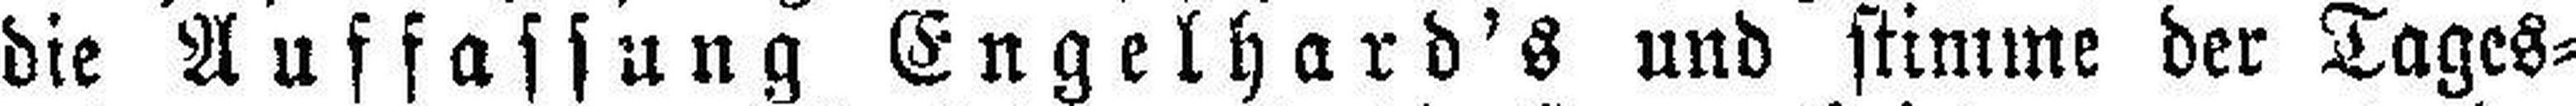
die Auffassung Engelhard's und stimme der Tages¬